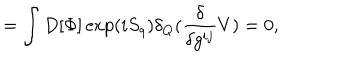
= \int D [ \Phi ] \exp ( i S _ { q } ) \delta _ { Q } ( \frac { \delta } { \delta g ^ { i j } } V ) = 0 ,